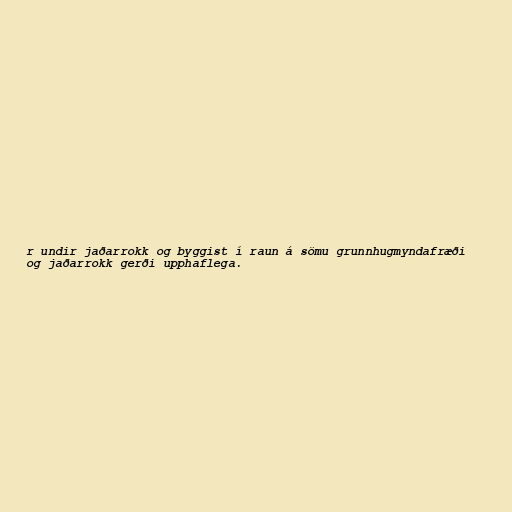
r undir jaðarrokk og byggist í raun á sömu grunnhugmyndafræði
og jaðarrokk gerði upphaflega.